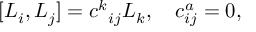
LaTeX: [ L _ { i } , L _ { j } ] = c ^ { k } { } _ { i j } L _ { k } , \quad c _ { i j } ^ { a } = 0 ,